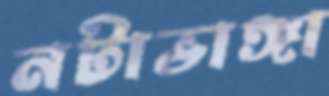
নটাভাঙ্গা